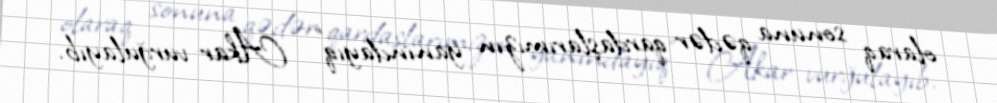
olaraq sonuna qədər qardaşlarımızın yanındayıq” - Akar vurğulayıb.